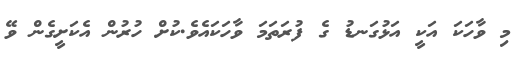
މި ވާހަކަ އަކީ އަޅުގަނޑު ގެ ފުރަތަމަ ވާހަކައެވެ.ކުށް ހުރުން އެކަށީގެން ވޭ